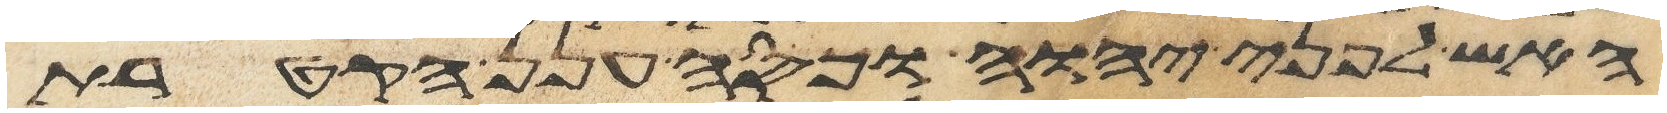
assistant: האש לפני יהוה וכסה ענן הקטרת